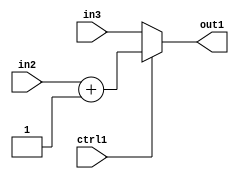
`timescale 1ps / 1ps
/*****************************************************************************
    Verilog RTL Description
    
    
    Created by: Stratus DpOpt 2019.1.01 
*******************************************************************************/

module st_weight_addr_gen_MuxAdd2i1u16u16u1_1 (
	in3,
	in2,
	ctrl1,
	out1
	); /* architecture "behavioural" */ 
input [15:0] in3,
	in2;
input  ctrl1;
output [15:0] out1;
wire [15:0] asc001,
	asc002;

assign asc002 = 
	+(in2)
	+(16'B0000000000000001);

reg [15:0] asc001_tmp_0;
assign asc001 = asc001_tmp_0;
always @ (ctrl1 or asc002 or in3) begin
	case (ctrl1)
		1'B1 : asc001_tmp_0 = asc002 ;
		default : asc001_tmp_0 = in3 ;
	endcase
end

assign out1 = asc001;
endmodule

/* CADENCE  v7XzQg8= : u9/ySgnWtBlWxVPRXgAZ4Og= ** DO NOT EDIT THIS LINE ******/